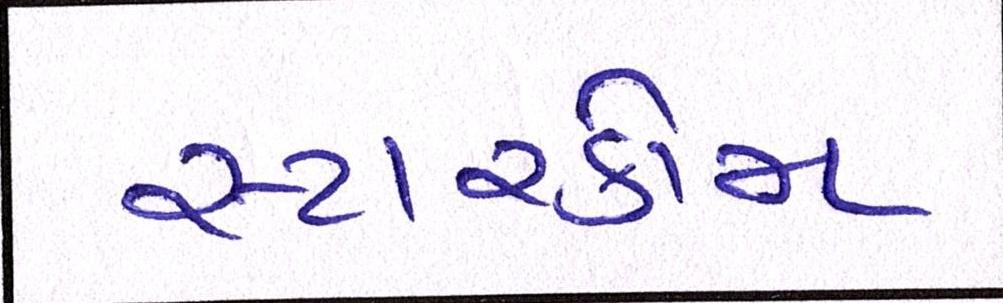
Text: સ્ટારકોમ